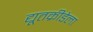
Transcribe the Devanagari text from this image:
द्यूतक्रीडेला